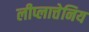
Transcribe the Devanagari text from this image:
लीप्लात्तेनिय